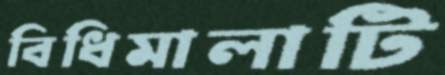
বিধিমালাটি